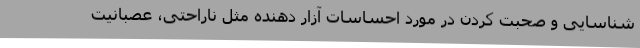
شناسایی و صحبت کردن در مورد احساسات آزار دهنده مثل ناراحتی، عصبانیت